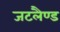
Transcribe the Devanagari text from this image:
जटलैण्ड